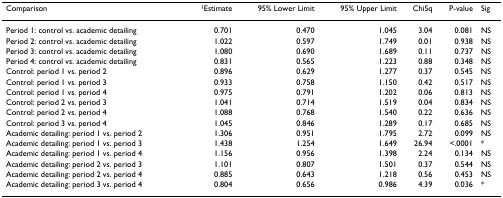
<table><thead><tr><td><b>Comparison</b></td><td><b><sup>1</sup>Estimate</b></td><td><b>95% Lower Limit</b></td><td><b>95% Upper Limit</b></td><td><b>ChiSq</b></td><td><b>P-value</b></td><td><b>Sig</b></td></tr></thead><tbody><tr><td>Period 1: control vs. academic detailing</td><td>0.701</td><td>0.470</td><td>1.045</td><td>3.04</td><td>0.081</td><td>NS</td></tr><tr><td>Period 2: control vs. academic detailing</td><td>1.022</td><td>0.597</td><td>1.749</td><td>0.01</td><td>0.938</td><td>NS</td></tr><tr><td>Period 3: control vs. academic detailing</td><td>1.080</td><td>0.690</td><td>1.689</td><td>0.11</td><td>0.737</td><td>NS</td></tr><tr><td>Period 4: control vs. academic detailing</td><td>0.831</td><td>0.565</td><td>1.223</td><td>0.88</td><td>0.348</td><td>NS</td></tr><tr><td>Control: period 1 vs. period 2</td><td>0.896</td><td>0.629</td><td>1.277</td><td>0.37</td><td>0.545</td><td>NS</td></tr><tr><td>Control: period 1 vs. period 3</td><td>0.933</td><td>0.758</td><td>1.150</td><td>0.42</td><td>0.517</td><td>NS</td></tr><tr><td>Control: period 1 vs. period 4</td><td>0.975</td><td>0.791</td><td>1.202</td><td>0.06</td><td>0.813</td><td>NS</td></tr><tr><td>Control: period 2 vs. period 3</td><td>1.041</td><td>0.714</td><td>1.519</td><td>0.04</td><td>0.834</td><td>NS</td></tr><tr><td>Control: period 2 vs. period 4</td><td>1.088</td><td>0.768</td><td>1.540</td><td>0.22</td><td>0.636</td><td>NS</td></tr><tr><td>Control: period 3 vs. period 4</td><td>1.045</td><td>0.846</td><td>1.289</td><td>0.17</td><td>0.685</td><td>NS</td></tr><tr><td>Academic detailing: period 1 vs. period 2</td><td>1.306</td><td>0.951</td><td>1.795</td><td>2.72</td><td>0.099</td><td>NS</td></tr><tr><td>Academic detailing: period 1 vs. period 3</td><td>1.438</td><td>1.254</td><td>1.649</td><td>26.94</td><td>&lt;.0001</td><td>*</td></tr><tr><td>Academic detailing: period 1 vs. period 4</td><td>1.156</td><td>0.956</td><td>1.398</td><td>2.24</td><td>0.134</td><td>NS</td></tr><tr><td>Academic detailing: period 2 vs. period 3</td><td>1.101</td><td>0.807</td><td>1.501</td><td>0.37</td><td>0.544</td><td>NS</td></tr><tr><td>Academic detailing: period 2 vs. period 4</td><td>0.885</td><td>0.643</td><td>1.218</td><td>0.56</td><td>0.453</td><td>NS</td></tr><tr><td>Academic detailing: period 3 vs. period 4</td><td>0.804</td><td>0.656</td><td>0.986</td><td>4.39</td><td>0.036</td><td>*</td></tr></tbody></table>